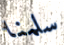
سلمنا